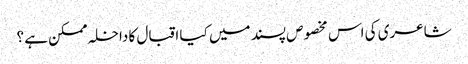
شاعری کی اس مخصوص پسند میں کیا اقبال کا داخلہ ممکن ہے ؟